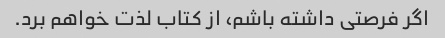
اگر فرصتی داشته باشم، از کتاب لذت خواهم برد.